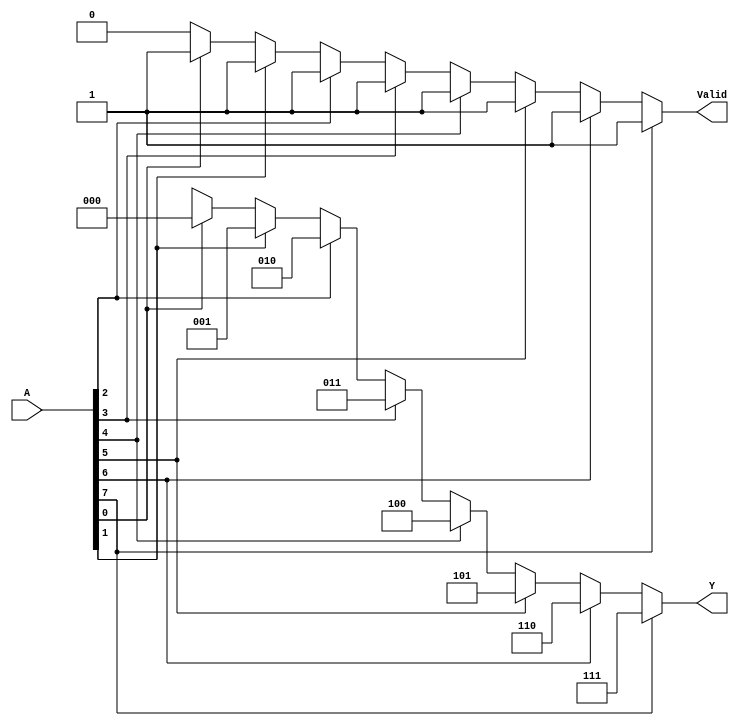
module decoder_if (A,Y, Valid);
input [7:0] A;
output reg [2:0] Y;
output reg Valid;
always@(A)
begin
Valid = 1;
if (A[7]) Y = 7; // same as Y = (A[7] = = 1) ? Y = 7:
    else if (A[6]) Y = 6; // (A[6] = = 1) ? Y = 6:
    else if (A[5]) Y = 5; // (A[5] = = 1) ? Y = 5:
    else if (A[4]) Y = 4; // (A[4] = = 1) ? Y = 4:
    else if (A[3]) Y = 3; // (A[3] = = 1) ? Y = 3:
    else if (A[2]) Y = 2; // (A[2] = = 1) ? Y = 2:
    else if (A[1]) Y = 1; // (A[1] = = 1) ? Y = 1:
    else if (A[0]) Y = 0; // 0;
else
    begin
    Valid = 0;
    Y = 3'bx;
    end
end
endmodule